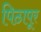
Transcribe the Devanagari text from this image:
पिठापूर